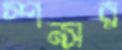
স্পন্সর